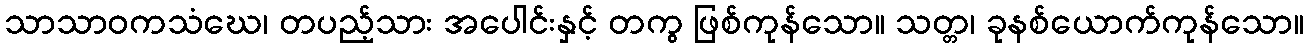
သာသာဝကသံဃေ၊ တပည့်သား အပေါင်းနှင့် တကွ ဖြစ်ကုန်သော။ သတ္တ၊ ခုနစ်ယောက်ကုန်သော။